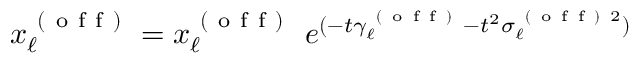
x _ { \ell } ^ { \mathrm { ~ ( ~ o ~ f ~ f ~ ) ~ } } = x _ { \ell } ^ { \mathrm { ~ ( ~ o ~ f ~ f ~ ) ~ } } \ e ^ { ( - t \gamma _ { \ell } ^ { \mathrm { ~ ( ~ o ~ f ~ f ~ ) ~ } } - t ^ { 2 } \sigma _ { \ell } ^ { \mathrm { ~ ( ~ o ~ f ~ f ~ ) ~ } 2 } ) }